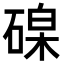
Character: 𥔟